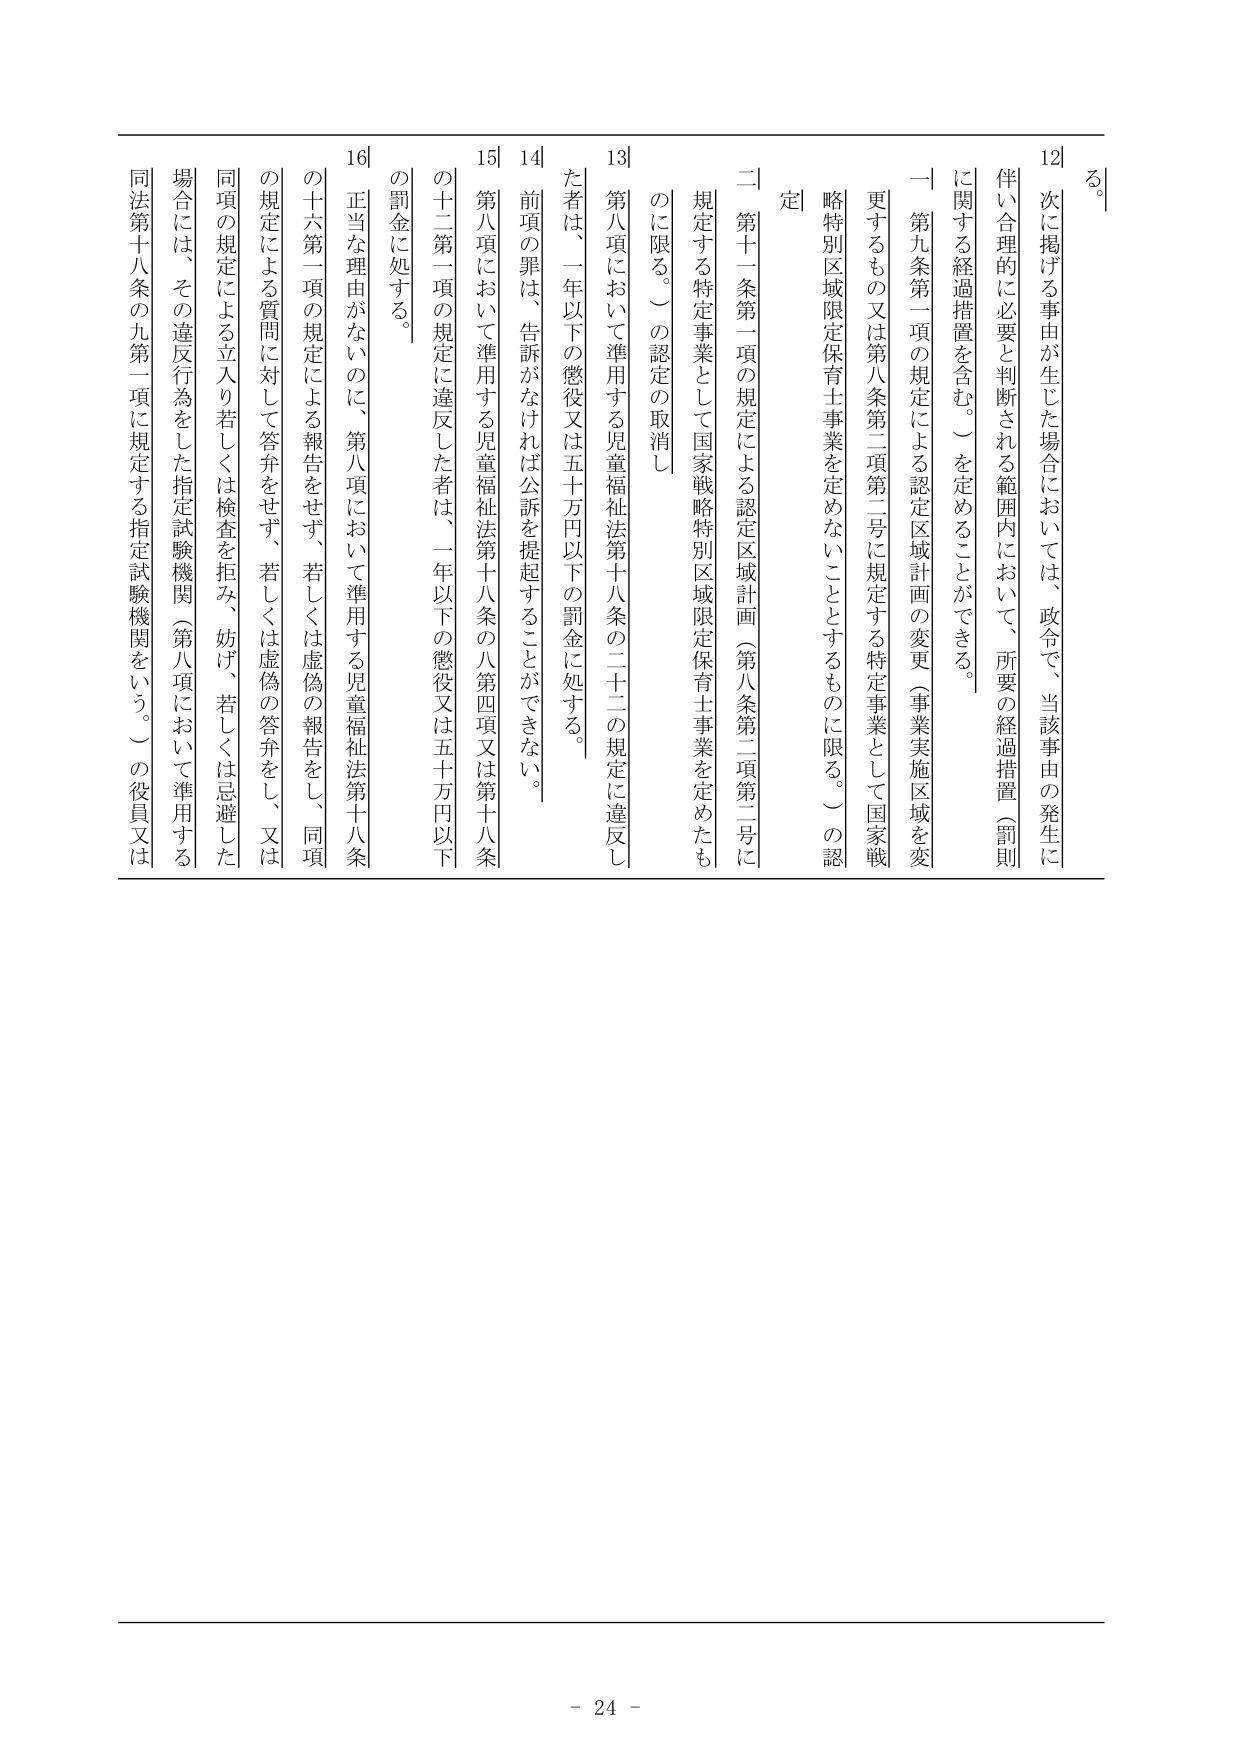
る。

12 次に掲げる事由が生じた場合においては、政令で、当該事由の発生に伴い合理的に必要と判断される範囲内において、所要の経過措置（罰則に関する経過措置を含む。）を定めることができる。

一 第九条第一項の規定による認定区域計画の変更（事業実施区域を変更するもの又は第八条第二項第二号に規定する特定事業として国家戦略特別区域限定保育士事業を定めないことをするものに限る。）の認定

二 第十一条第一項の規定による認定区域計画（第八条第二項第二号に規定する特定事業として国家戦略特別区域限定保育士事業を定めたものに限る。）の認定の取消し

13 第八項において準用する児童福祉法第十八条の二十二の規定に違反した者は、一年以下の懲役又は五十万円以下の罰金に処する。

14 前項の罪は、告訴がなければ公訴を提起することができない。

15 第八項において準用する児童福祉法第十八条の八第四項又は第十八条の十二第一項の規定に違反した者は、一年以下の懲役又は五十万円以下の罰金に処する。

16 正当な理由がないのに、第八項において準用する児童福祉法第十八条の十六第一項の規定による報告をせず、若しくは虚偽の報告をし、同項の規定による質問に対して答弁をせず、若しくは虚偽の答弁をし、又は同項の規定による立入り若しくは検査を拒み、妨げ、若しくは忌避した場合には、その違反行為をした指定試験機関（第八項において準用する同法第十八条の九第一項に規定する指定試験機関をいう。）の役員又は

- 24 -